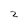
Character: 2